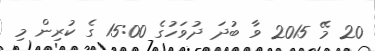
20 މޭ 2015 ވާ ބުދަ ދުވަހުގެ 15:00 ގެ ކުރިން މި